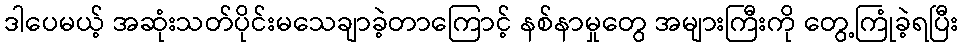
ဒါပေမယ့် အဆုံးသတ်ပိုင်းမသေချာခဲ့တာကြောင့် နစ်နာမှုတွေ အများကြီးကို တွေ့ကြုံခဲ့ရပြီး